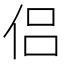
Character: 侣